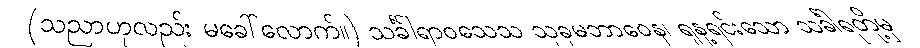
(သညာဟုလည်း မခေါ်လောက်။) သင်္ခါရာဝသေသ သုခုမဘာဝေန၊ ရုန့်ရင်းသော သင်္ခါရတို့မှ